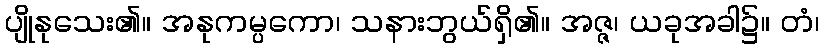
ပျိုနုသေး၏။ အနုကမ္ပကော၊ သနားဘွယ်ရှိ၏။ အဇ္ဇ၊ ယခုအခါ၌။ တံ၊